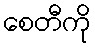
စေတီကို